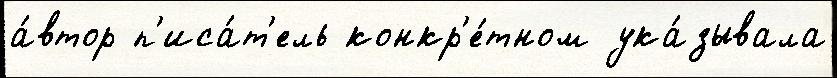
а́втор п'иса́т'ель конкр'е́тном ука́зывала